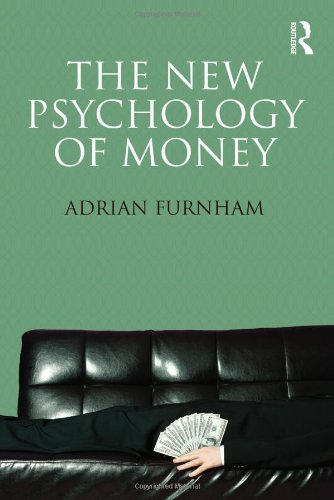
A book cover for The New Psychology of Money; Adrian Furnham; Medical Books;